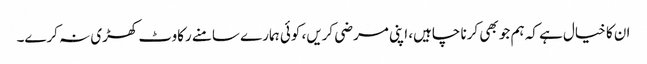
ان کا خیال ہے کہ ہم جو بھی کرنا چاہیں، اپنی مرضی کریں، کوئی ہمارے سامنے رکاوٹ کھڑی نہ کرے۔